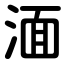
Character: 湎